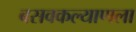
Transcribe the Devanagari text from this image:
बसवकल्याणला